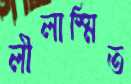
লীলাস্মিত